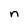
Character: n